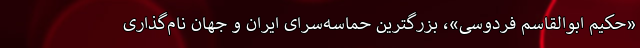
«حکیم ابوالقاسم فردوسی»، بزرگترین حماسه‌سرای ایران و جهان نام‌گذاری